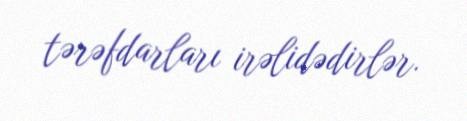
tərəfdarları irəlidədirlər.